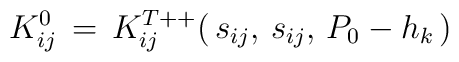
K^0_{ij}\,=\,K^{T++}_{ij}(\,s_{ij},\,s_{ij},\,P_0-h_k\,)